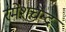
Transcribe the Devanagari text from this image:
रमेशचन्‍द्र